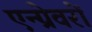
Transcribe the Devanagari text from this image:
एन्ग्रेवरों